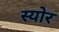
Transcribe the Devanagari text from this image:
स्योर